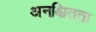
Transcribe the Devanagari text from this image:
अनश्चितता